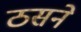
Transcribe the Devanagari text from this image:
ठसने